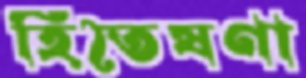
হিতৈষণা